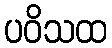
ပဝိသထ